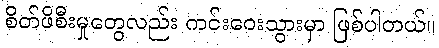
စိတ်ဖိစီးမှုတွေလည်း ကင်းဝေးသွားမှာ ဖြစ်ပါတယ်။